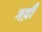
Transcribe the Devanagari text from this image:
गय़ीं